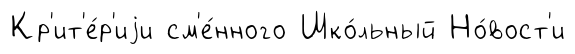
Кр'ит'е́р'иjи см'е́нного Шко́льный Но́вост'и